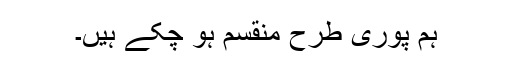
ہم پوری طرح منقسم ہو چکے ہیں۔